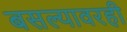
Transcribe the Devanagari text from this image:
बसल्यावरही